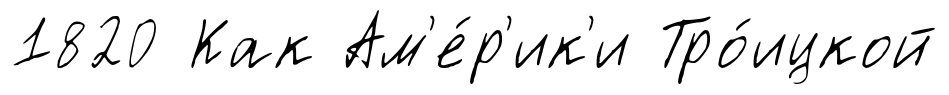
1820 Как Ам'е́р'ик'и Тро́ицкой